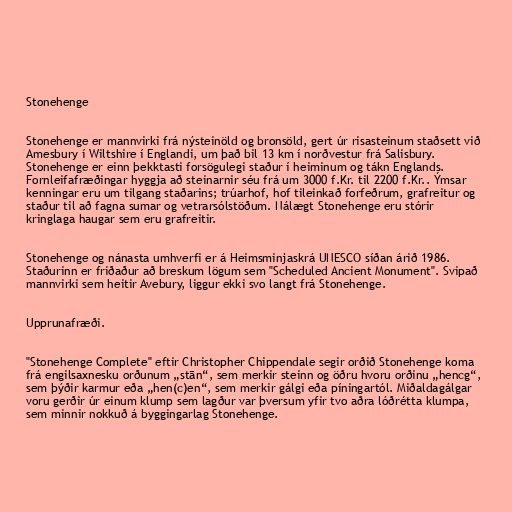
Stonehenge

Stonehenge er mannvirki frá nýsteinöld og bronsöld, gert úr risasteinum staðsett við
Amesbury í Wiltshire í Englandi, um það bil 13 km í norðvestur frá Salisbury.
Stonehenge er einn þekktasti forsögulegi staður í heiminum og tákn Englands.
Fornleifafræðingar hyggja að steinarnir séu frá um 3000 f.Kr. til 2200 f.Kr.. Ýmsar
kenningar eru um tilgang staðarins; trúarhof, hof tileinkað forfeðrum, grafreitur og
staður til að fagna sumar og vetrarsólstöðum. Nálægt Stonehenge eru stórir
kringlaga haugar sem eru grafreitir.

Stonehenge og nánasta umhverfi er á Heimsminjaskrá UNESCO síðan árið 1986.
Staðurinn er friðaður að breskum lögum sem "Scheduled Ancient Monument". Svipað
mannvirki sem heitir Avebury, liggur ekki svo langt frá Stonehenge.

Upprunafræði.

"Stonehenge Complete" eftir Christopher Chippendale segir orðið Stonehenge koma
frá engilsaxnesku orðunum „stān“, sem merkir steinn og öðru hvoru orðinu „hencg“,
sem þýðir karmur eða „hen(c)en“, sem merkir gálgi eða píningartól. Miðaldagálgar
voru gerðir úr einum klump sem lagður var þversum yfir tvo aðra lóðrétta klumpa,
sem minnir nokkuð á byggingarlag Stonehenge.